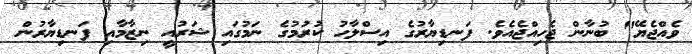
ވެއްޖެޔޭ" ބުނާން ޖެހިއްޖެއެވެ. ފަނޑިޔާރުގެ އިސްލާހު ކުރުމުގެ ނަމުގައި ޝަރުއީ ނިޒާމާއި ފަނޑިޔާރުން